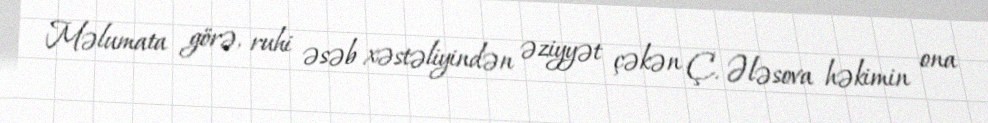
Məlumata görə, ruhi əsəb xəstəliyindən əziyyət çəkən Ç. Ələsova həkimin ona